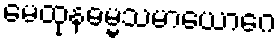
မေထုနဓမ္မသမာယောဂေ